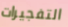
التفجيرات